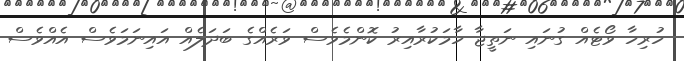
ހުރިހާ ވޯޓެއް ގުނައި ނަތީޖާ ހާމަކުރާއިރު ކޮންމެވެސް ވަރެއްގެ ބަދަލެއް އައިނަމަވެސް އެއްވެސް